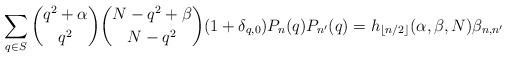
LaTeX: \begin{gather*}\sum_{q\in S} \binom{q^2+\alpha}{q^2} \binom{N - q^2+\beta}{N - q^2}(1+\delta_{q,0}) P_n(q) P_{n'}(q) =h_{\lfloor n/2\rfloor}(\alpha,\beta,N) \beta_{n,n'}\end{gather*}